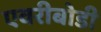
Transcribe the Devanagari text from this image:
एवरीबोडी